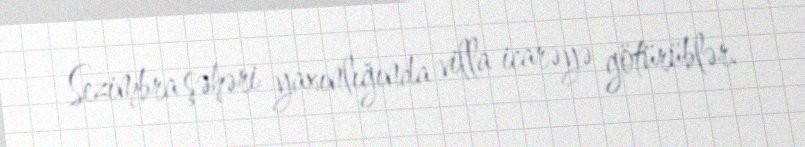
Sezimbra şəhəri yaxınlığında villa icarəyə götürüblər.